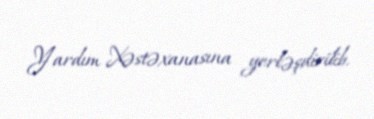
Yardım Xəstəxanasına yerləşdirilib.